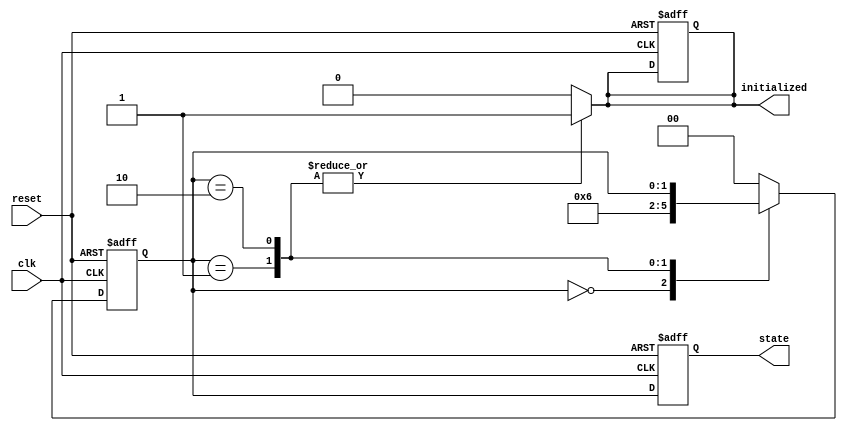
module clock_cycle_initialization (
    input wire clk,
    input wire reset,
    output reg initialized,
    output reg [1:0] state // 2-bit state representation
);

    // State encoding
    localparam IDLE         = 2'b00;
    localparam INITIALIZING = 2'b01;
    localparam READY        = 2'b10;

    // Internal state variable
    reg [1:0] current_state, next_state;

    // Sequential block for state transition
    always @(posedge clk or posedge reset) begin
        if (reset) begin
            current_state <= IDLE;
            initialized <= 1'b0;
        end else begin
            current_state <= next_state;
        end
    end

    // Combinational block for next state logic and output logic
    always @(*) begin
        // Default values
        next_state = current_state;
        initialized = 1'b0; // Default initialized state

        case (current_state)
            IDLE: begin
                // Transition to INITIALIZING state
                next_state = INITIALIZING;
            end
            
            INITIALIZING: begin
                // Initialize internal registers/outputs here
                // Add initialization logic if needed
                // After initialization is done:
                next_state = READY;
                initialized = 1'b1; // Indicate initialization is complete
            end
            
            READY: begin
                // Remain in READY state
                initialized = 1'b1; // Still initialized
            end

            default: begin
                next_state = IDLE; // Default fallback
            end
        endcase
    end

    // Output the current state
    always @(posedge clk or posedge reset) begin
        if (reset) begin
            state <= IDLE; // Reset state to IDLE
        end else begin
            state <= current_state; // Update state output
        end
    end

endmodule